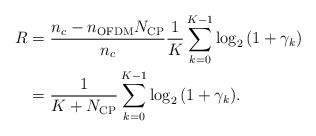
\begin{align*} \begin{aligned} R &= \frac{{{n_c} - {n_{\rm{OFDM}}}{N_{\rm{CP}}}}}{{{n_c}}}\frac{1}{{K}}\sum\limits_{k = 0}^{K - 1} {{{\log }_2}\left( {1 + {\gamma}_k} \right)}\\ &= \frac{1}{{K + {N_{{\rm{CP}}}}}}\sum\limits_{k = 0}^{K - 1} {{{\log }_2}\left( {1 + {\gamma _k}} \right)}. \end{aligned} \end{align*}